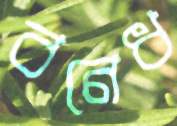
বনেধ